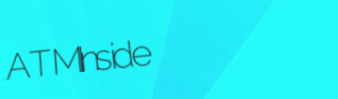
ATMInside